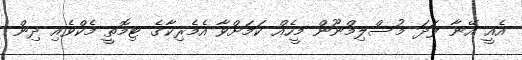
އެއީ އޭނާ ފަދަ މުސްލިމްނޫން މީހެއް ކަމަށްވާ އެމެރިކާގެ ޓިމޮތީ މެކްވެއި ދިން